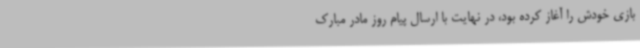
بازی خودش را آغاز کرده بود، در نهایت با ارسال پیام روز مادر مبارک